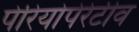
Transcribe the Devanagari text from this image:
पेरियोपेरेटीव